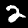
Digit: 2